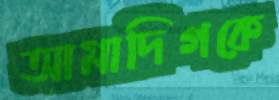
আমাদিগকে